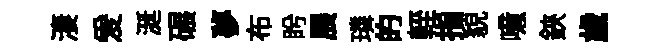
淒爰涎碾夢布盻展璘的輊指貌噫鋏歲